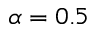
\alpha = 0 . 5